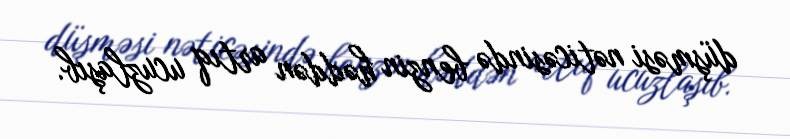
düşməsi nəticəsində benzin həddən artıq ucuzlaşıb.